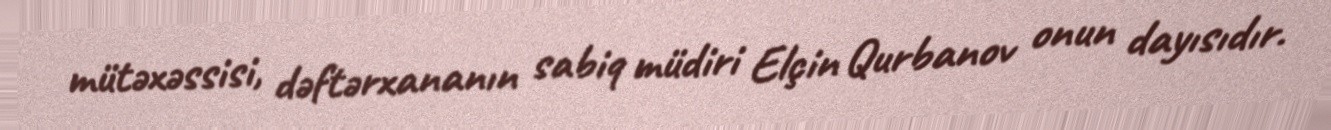
mütəxəssisi, dəftərxananın sabiq müdiri Elçin Qurbanov onun dayısıdır.